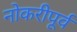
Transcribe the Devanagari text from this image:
नोकरीपूर्व